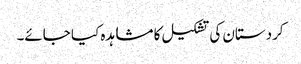
کردستان کی تشکیل کا مشاہدہ کیا جائے۔